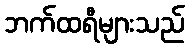
ဘက်ထရီများသည်